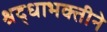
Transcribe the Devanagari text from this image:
श्रद्धाभक्तीने